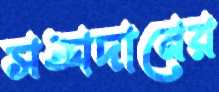
সঙ্ঘদানের